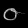
Digit: ၀